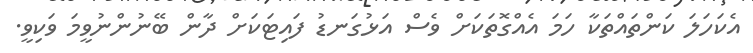
އެކަހަލަ ކަންތައްތަކާ ހަމަ އެއްގޮތަކަށް ވެސް އަޅުގަނޑު ފައިޓަކަށް ދާން ބޭނުންނުވީމަ ވަކިވީ.